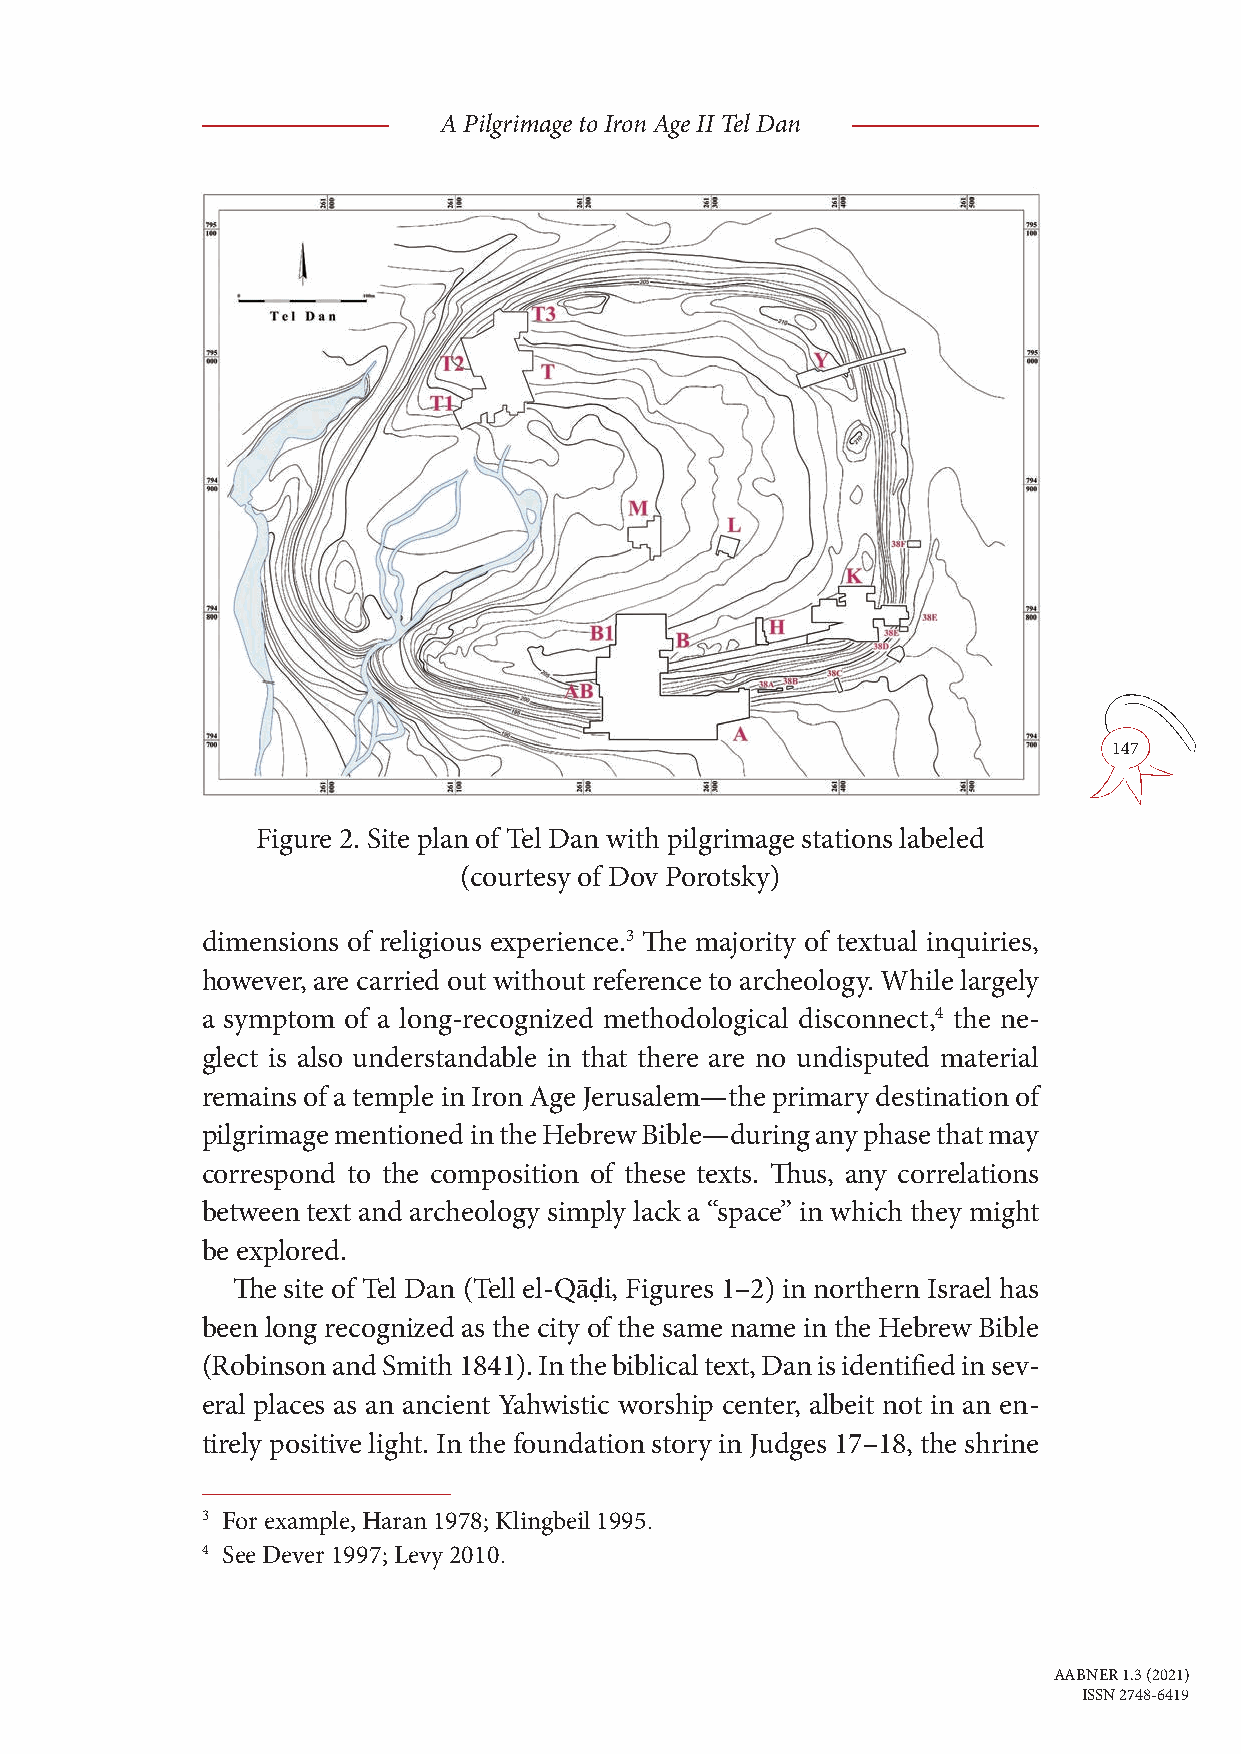
A Pilgrimage to Iron Age II Tel Dan
 147
 Figure 2. Site plan of Tel Dan with pilgrimage stations labeled
 (courtesy of Dov Porotsky)
 dimensions of religious experience.3 The majority of textual inquiries,
 however, are carried out without reference to archeology. While largely
 a symptom of a long-recognized methodological disconnect,4 the ne-
 glect is also understandable in that there are no undisputed material
 remains of a temple in Iron Age Jerusalem—the primary destination of
 pilgrimage mentioned in the Hebrew Bible—during any phase that may
 correspond to the composition of these texts. Thus, any correlations
 between text and archeology simply lack a “space” in which they might
 be explored.
 The site of Tel Dan (Tell el-Qāḍi, Figures 1–2) in northern Israel has
 been long recognized as the city of the same name in the Hebrew Bible
 (Robinson and Smith 1841). In the biblical text, Dan is identified in sev-
 eral places as an ancient Yahwistic worship center, albeit not in an en-
 tirely positive light. In the foundation story in Judges 17–18, the shrine
 3 For example, Haran 1978; Klingbeil 1995.
 4 See Dever 1997; Levy 2010.
 AABNER 1.3 (2021)
 ISSN 2748-6419